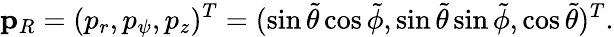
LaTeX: \mathbf{p}_{R}=(p_{r},p_{\psi},p_{z})^{T}=(\sin{\tilde{\theta}}\cos{\tilde{\phi}},\sin{\tilde{\theta}\sin{\tilde{\phi}}},\cos{\tilde{\theta}})^{T}.